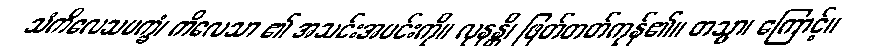
သံကိလေသပက္ခံ၊ ကိလေသာ ၏ အသင်းအပင်းကို။ လုနန္တိ၊ ဖြတ်တတ်ကုန်၏။ တသ္မာ၊ ကြောင့်။